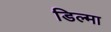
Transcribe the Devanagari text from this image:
डिल्मा